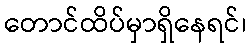
တောင်ထိပ်မှာရှိနေရင်၊